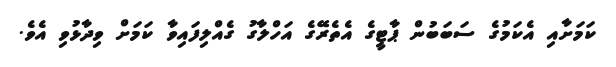
ކަމަށާއި އެކަމުގެ ސަބަބުން ޕާޓީގެ އެތެރޭގެ އަހްލާގު ގެއްލިފައިވާ ކަމަށް ވިދާޅުވި އެވެ.